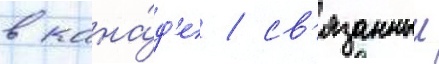
в кана́д'е / св'язанныи